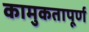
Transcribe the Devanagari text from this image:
कामुकतापूर्ण